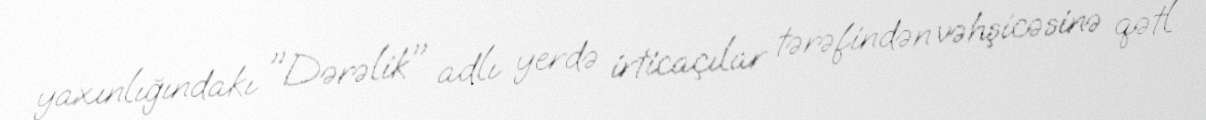
yaxınlığındakı "Dərəlik" adlı yerdə irticaçılar tərəfindən vəhşicəsinə qətl